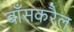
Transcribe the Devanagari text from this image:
बाँसकरैल